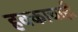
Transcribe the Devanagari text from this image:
हक्काचाही